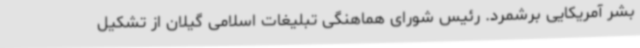
بشر آمریکایی برشمرد. رئیس شورای هماهنگی تبلیغات اسلامی گیلان از تشکیل